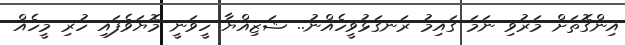
އިންގޮތަށް މަރުވި ނަމަ ގައިމު ރަނގަޅުވީހެއްނު.. ޝަޒިއްޔާ ހީވަނީ މޮޔަވެފައި ހުރި މީހެއް